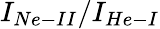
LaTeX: I_{Ne-II}/I_{He-I}